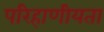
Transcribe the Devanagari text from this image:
परिहाणीयता